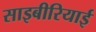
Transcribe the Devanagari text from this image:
साइबीरियाई